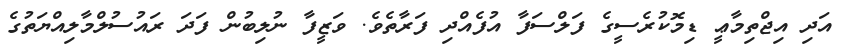
އަދި އިޖްތިމާޢީ ޑިމޮކުރެސީގެ ފަލްސަފާ އުފެއްދި ފަރާތެވެ. ވަޒީފާ ނުލިބުން ފަދަ ރައުސުލްމާލިއްޔަތުގެ